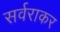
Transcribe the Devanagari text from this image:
सर्वराकर